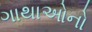
ગાથાઓનો